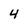
Character: 4